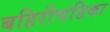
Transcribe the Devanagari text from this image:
बहिरीचंडिका